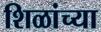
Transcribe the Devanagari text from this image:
शिळांच्या